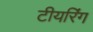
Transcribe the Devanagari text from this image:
टीयरिंग